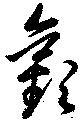
歡